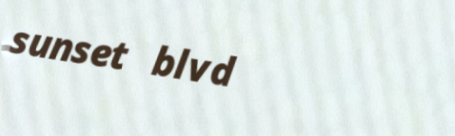
sunset blvd